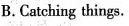
B.Catching things.